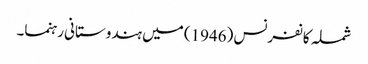
شملہ کانفرنس (1946) میں ہندوستانی رہنما۔